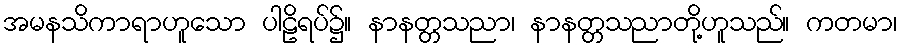
အမနသိကာရာဟူသော ပါဠိရပ်၌။ နာနတ္တသညာ၊ နာနတ္တသညာတို့ဟူသည်။ ကတမာ၊